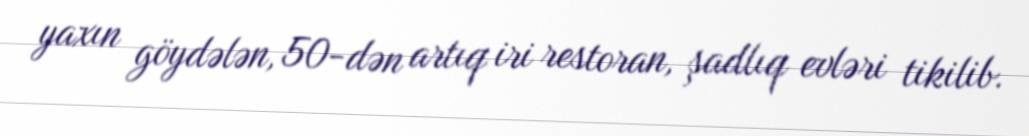
yaxın göydələn, 50-dən artıq iri restoran, şadlıq evləri tikilib.